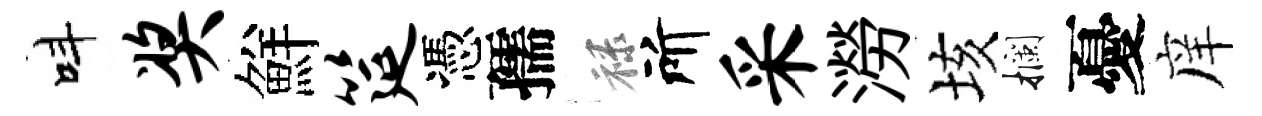
呌奖鮮筵憑孺禄所采澇垓攔憂庠